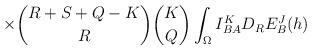
LaTeX: \begin{align*}\times {{R+S+Q-K} \choose R}{K \choose Q}\int_{\Omega} I^K_{BA}D_RE^J_B(h)\end{align*}